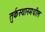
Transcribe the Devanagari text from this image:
तुर्कस्थानमधील